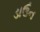
ડાઉન